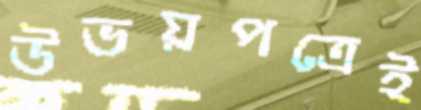
উভয়পত্রেই